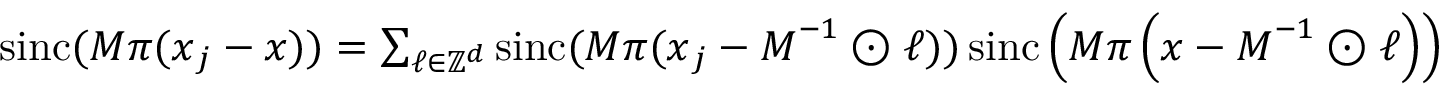
\begin{array} { r } { \mathrm { s i n c } ( M \pi ( \boldsymbol x _ { j } - \boldsymbol x ) ) = \sum _ { \boldsymbol \ell \in \mathbb Z ^ { d } } \mathrm { s i n c } ( M \pi ( \boldsymbol x _ { j } - \boldsymbol M ^ { - 1 } \odot { \boldsymbol \ell } ) ) \, \mathrm { s i n c } \left( M \pi \left( \boldsymbol x - \boldsymbol M ^ { - 1 } \odot { \boldsymbol \ell } \right) \right) } \end{array}